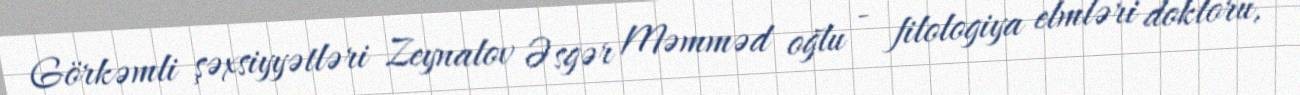
Görkəmli şəxsiyyətləri Zeynalov Əsgər Məmməd oğlu - filologiya elmləri doktoru,